Report of the King Institute of Preventive Medicine, Guindy
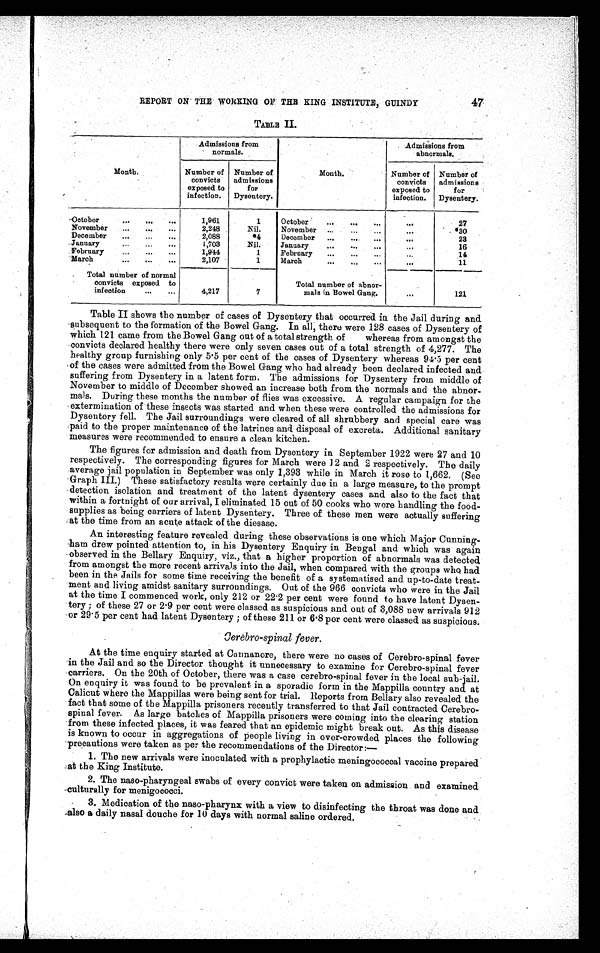
REPORT ON THE WORKING OF THE KING INSTITUTE, GUINDY
4 7
TABLE I
I .
Admissions from
normals.
Admissions from
abnormals.
Month.
Number of
convicts
exposed to
infection.
Number of
admissions
for
Dysentery.
Month.
Number of
convicts
exposed to
infection.
Number of
admissions
for
Dysentery.
October
...
...
1,961
1
October
...
...
...
. . .
27
November
...
...
2,248
Nil.
November
...
...
. . .
*30
December
...
...
2,088
*4
December
...
. . .
23
January
...
...
1,703
Nil.
January
...
...
. . .
16
February
...
1,944
1
February
...
...
. . .
14
March
...
...
...
2,107
1
March
...
...
. . .
11
Total number of normal
convicts exposed to
infection
...
...
4,217
7
Total number of abnor-
mals in Bowel Gang.
. . .
121
Table II shows the number of cases of Dysentery that occurred in the Jail during and
subsequent to the formation of the Bowel Gang. In all, there were 128 cases of Dysentery of
which 121 came from the Bowel Gang out of a total strength of whereas from amongst the
convicts declared healthy there were only seven cases out of a total strength of 4,277. The
healthy group furnishing only 5.5 per cent of the cases of Dysentery whereas 94.5 per cent
of the cases were admitted from the Bowel Gang who had already been declared infected and
suffering from Dysentery in a latent form. The admissions for Dysentery from middle of
November to middle of December showed an increase both from the normals and the abnor
-mals. During these months the number of flies was excessive. A regular campaign for the
extermination of these insects was started and when these were controlled the admissions for
Dysentery fell. The Jail surroundings were cleared of all shrubbery and special care was
paid to the proper maintenance of the latrines and disposal of excreta. Additional sanitary
measures were recommended to ensure a clean kitchen.
The figures for admission and death from Dysentery in September 1922 were 27 and 10
respectively. The corresponding figures for March were 12 and 2 respectively. The daily
average jail population in September was only 1,393 while in March it rose to 1,662. (See
Graph III.) These satisfactory results were certainly due in a large measure, to the prompt
detection isolation and treatment of the latent dysentery cases and also to the fact that
within a fortnight of our arrival, I eliminated 15 out of 50 cooks who were handling the food-
supplies as being carriers of latent Dysentery. Three of these men were actually suffering
at the time from an acute attack of the diesase.
An interesting feature revealed during these observations is one which Major Cunning
- h a m d r e w p o i n t e d a t t e n t i o n t o , i n h i s D y s e n t e r y E n q u i r y i n B e n g a l a n d w h i c h w a s a g a i n
observed in the Bellary Enquiry, viz., that a higher proportion of abnormals was detected
from amongst the more recent arrivals into the Jail, when compared with the groups who had
been in the Jails for some time receiving the benefit of a systematised and up-to-date trea
t - m e n t a n d l i v i n g a m i d s t s a n i t a r y s u r r o u n d i n g s . O u t o f t h e 9 6 6 c o n v i c t s w h o w e r e i n t h e J a i l
at the time I commenced work, only 212 or 22.2 per cent were found to have latent Dyse
n - t e r y ; o f t h e s e 2 7 o r 2 . 9 p e r c e n t w e r e c l a s s e d a s s u s p i c i o u s a n d o u t o f 3 , 0 8 8 n e w a r r i v a l s 9 1 2
or 29.5 per cent had latent Dysentery ; of these 211 or 6.8 per cent were classed as suspicious.
Cerebro-spinal fever.
At the time enquiry started at Cannanore, there were no cases of Cerebro-spinal fever
in the Jail and so the Director thought it unnecessary to examine for Cerebro-spinal fever
carriers. On the 20th of October, there was a case cerebro-spinal fever in the local sub-jail.
On enquiry it was found to be prevalent in a sporadic form in the Mappilla country and at
Calicut where the Mappillas were being sent for trial. Reports from Bellary also revealed the
fact that some of the Mappilla prisoners recently transferred to that Jail contracted Cerebro-
spinal fever. As large batches of Mappilla prisoners were coming into the clearing station
from these infected places, it was feared that an epidemic might break out. As this disease
is known to occur in aggregations of people living in over-crowded places the following
precautions were taken as per the recommendations of the Director:—
1. The new arrivals were inoculated with a prophylactic meningococcal vaccine prepared
at the King Institute.
2. The naso-pharyngeal swabs of every convict were taken on admission and examined
culturally for menigococci.
3. Medication of the naso-pharynx with a view to disinfecting the throat was done and
also a daily nasal douche for 10 days with normal saline ordered.